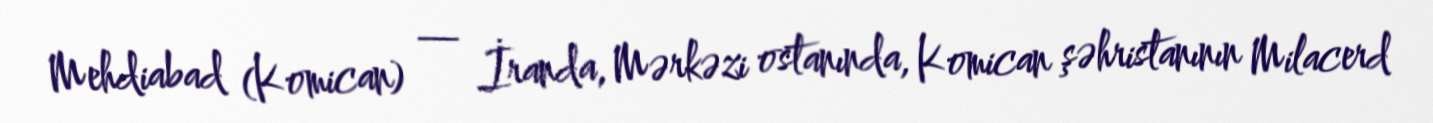
Mehdiabad (Komican) — İranda, Mərkəzi ostanında, Komican şəhristanının Milacerd